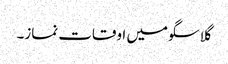
گلاسگو میں اوقات نماز۔